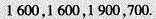
1600，1600，1900，700.